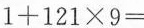
$$1+121\times9=$$